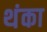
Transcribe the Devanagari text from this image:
थंका